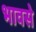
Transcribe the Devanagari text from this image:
भावसे